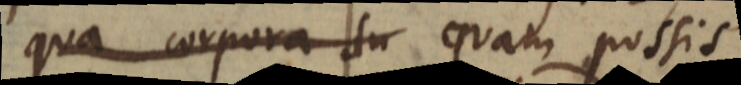
qua corpora su quam possis